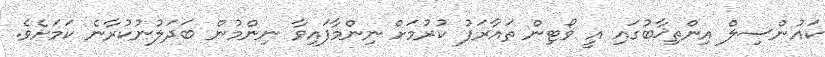
ކައުންސިލް އިންތިޚާބުގައި އީ ވޯޓިން ތައާރަފު ކުރުމަށް ނިންމާފައިވާ ނިންމުން ބަދަލުނުކުރާނެ ކަމަށެވެ.